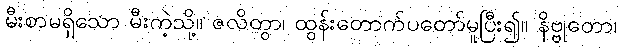
မီးစာမရှိသော မီးကဲ့သို့။ ဇလိတွာ၊ ထွန်းတောက်ပတော်မူပြီး၍။ နိဗ္ဗုတော၊